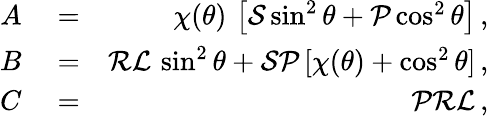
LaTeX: \begin{array}{rlr}{A}&{{}=}&{\chi(\theta)\, \left[{\cal S}\sin^{2}\theta+{\cal P}\cos^{2}\theta\right]\, ,}\\ {B}&{{}=}&{{\cal R}{\cal L}\, \sin^{2}\theta+{\cal S}{\cal P}\, [\chi(\theta)+\cos^{2}\theta]\, ,}\\ {C}&{{}=}&{{\cal PRL}\, ,}\end{array}